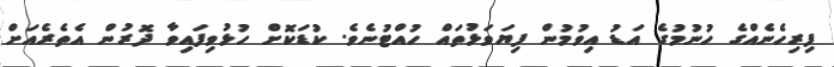
ފިރިހެނެއްގެ ހުނުމުގެ އަޑު އިވުމުން ފިޔަވަޅުތައް ހުއްޓުނެވެ. ކުޑަކޮށް ހުޅުވިފައިވާ ދޮރުން އެތެރެއަށް